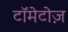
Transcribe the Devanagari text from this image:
टॉमेटोज़